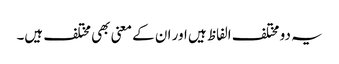
یہ دو مختلف الفاظ ہیں اور ان کے معنی بھی مختلف ہیں۔